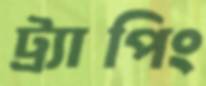
ট্র্যাপিং